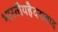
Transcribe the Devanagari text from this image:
भारतीयहैदराबाद